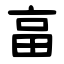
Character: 畗